Civil Veterinary Dept. Bombay admin report 1914-1922 - 1914-1922
Year: 1914
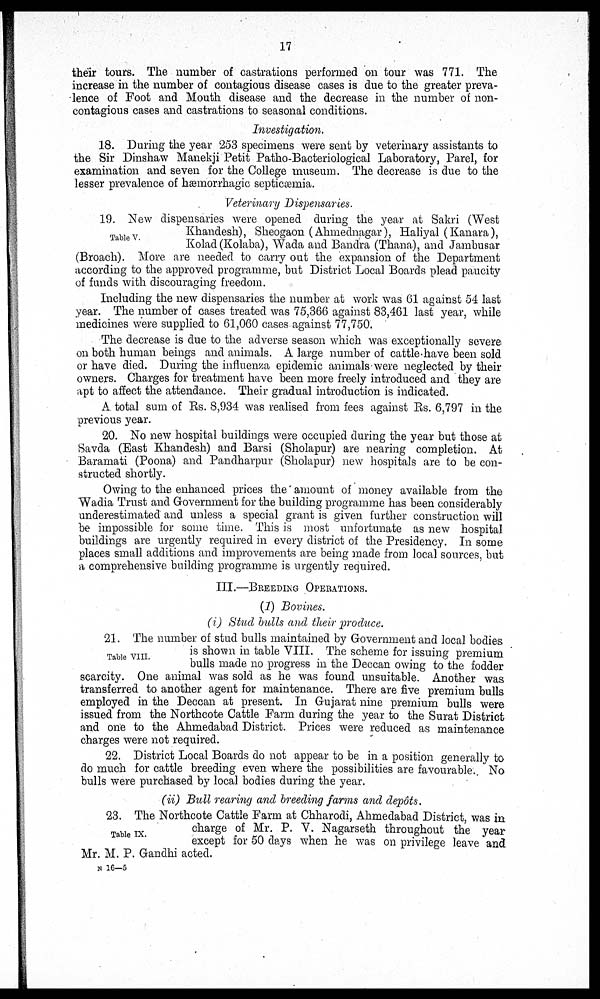
17
their tours. The number of castrations performed on tour was 771. The
increase in the number of contagious disease cases is due to the greater preva-
lence of Foot and Mouth disease and the decrease in the number of non-
contagious cases and castrations to seasonal conditions.
Investigation.
18. During the year 253 specimens were sent by veterinary assistants to
the Sir Dinshaw Manekji Petit Patho-Bacteriological Laboratory, Parel, for
examination and seven for the College museum. The decrease is due to the
lesser prevalence of hæmorrhagic septicæmia.
Veterinary Dispensaries.
Table V.
19. New dispensaries were opened during the year at Sakri (West
Khandesh), Sheogaon (Ahmednagar), Haliyal (Kanara),
Kolad (Kolaba), Wada and Bandra (Thana), and Jambusar
(Broach). More are needed to carry out the expansion of the Department
according to the approved programme, but District Local Boards plead paucity
of funds with discouraging freedom.
Including the new dispensaries the number at work was 61 against 54 last
year. The number of cases treated was 75,366 against 83,461 last year, while
medicines were supplied to 61,060 cases against 77,750.
The decrease is due to the adverse season which was exceptionally severe
on both human beings and animals. A large number of cattle have been sold
or have died. During the influenza epidemic animals were neglected by their
owners. Charges for treatment have been more freely introduced and they are
apt to affect the attendance. Their gradual introduction is indicated.
A. total sum of Rs. 8,934 was realised from fees against Rs. 6,797 in the
previous year.
20. No new hospital buildings were occupied during the year but those at
Savda (East Khandesh) and Barsi (Sholapur) are nearing completion. At
Baramati (Poona) and Pandharpur (Sholapur) new hospitals are to be con-
structed shortly.
Owing to the enhanced prices the amount of money available from the
Wadia Trust and Government for the building programme has been considerably
underestimated and unless a special grant is given further construction will
be impossible for some time. This is most unfortunate as new hospital
buildings are urgently required in every district of the Presidency. In some
places small additions and improvements are being made from local sources, but
a comprehensive building programme is urgently required.
III.—BREEDING OPERATIONS.
(1) Bovines.
(i) Stud bulls and their produce.
Table VIII.
21. The number of stud bulls maintained by Government and local bodies
is shown in table VIII. The scheme for issuing premium
bulls made no progress in the Deccan owing to the fodder
scarcity. One animal was sold as he was found unsuitable. Another was
transferred to another agent for maintenance. There are five premium bulls
employed in the Deccan at present. In Gujarat nine premium bulls were
issued from the Northcote Cattle Farm during the year to the Surat District
and one to the Ahmedabad District. Prices were reduced as maintenance
charges were not required.
22. District Local Boards do not appear to be in a position generally to
do much for cattle breeding even where the possibilities are favourable. No
bulls were purchased by local bodies during the year.
(ii) Bull rearing and breeding farms and depôts.
Table IX.
23. The Northcote Cattle Farm at Chharodi, Ahmedabad District, was in
charge of Mr. P. V. Nagarseth throughout the year
except for 50 days when he was on privilege leave and
Mr. M. P. Gandhi acted.
N 16-5